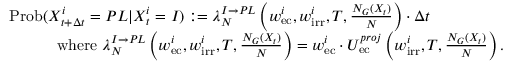
\begin{array} { r l } & { \mathrm { P r o b } ( X _ { t + \Delta t } ^ { i } = P L | X _ { t } ^ { i } = I ) : = \lambda _ { N } ^ { I \rightarrow P L } \left( w _ { \mathrm { e c } } ^ { i } , w _ { \mathrm { i r r } } ^ { i } , T , \frac { N _ { G } ( X _ { t } ) } { N } \right) \cdot \Delta t } \\ & { \quad \quad \quad \mathrm { w h e r e } \, \, \lambda _ { N } ^ { I \rightarrow P L } \left( w _ { \mathrm { e c } } ^ { i } , w _ { \mathrm { i r r } } ^ { i } , T , \frac { N _ { G } ( X _ { t } ) } { N } \right) = w _ { \mathrm { e c } } ^ { i } \cdot U _ { \mathrm { e c } } ^ { p r o j } \left( w _ { \mathrm { i r r } } ^ { i } , T , \frac { N _ { G } ( X _ { t } ) } { N } \right) . } \end{array}